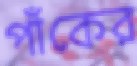
পাঁকের